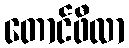
တောင်ဖီလာ